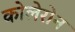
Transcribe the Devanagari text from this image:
कोलेरोन